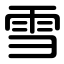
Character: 雪